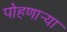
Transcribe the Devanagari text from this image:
पोहणार्‍या